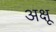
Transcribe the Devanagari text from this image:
अक्षू